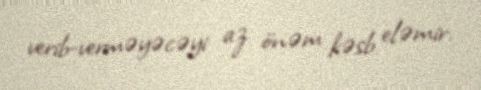
verib-verməyəcəyi az önəm kəsb eləmir.